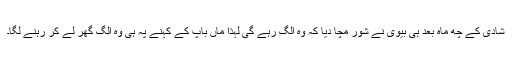
شادی کے چھ ماہ بعد ہی بیوی نے شور مچا دیا کہ وہ الگ رہے گی لہٰذا ماں باپ کے کہنے پہ ہی وہ الگ گھر لے کر رہنے لگا۔